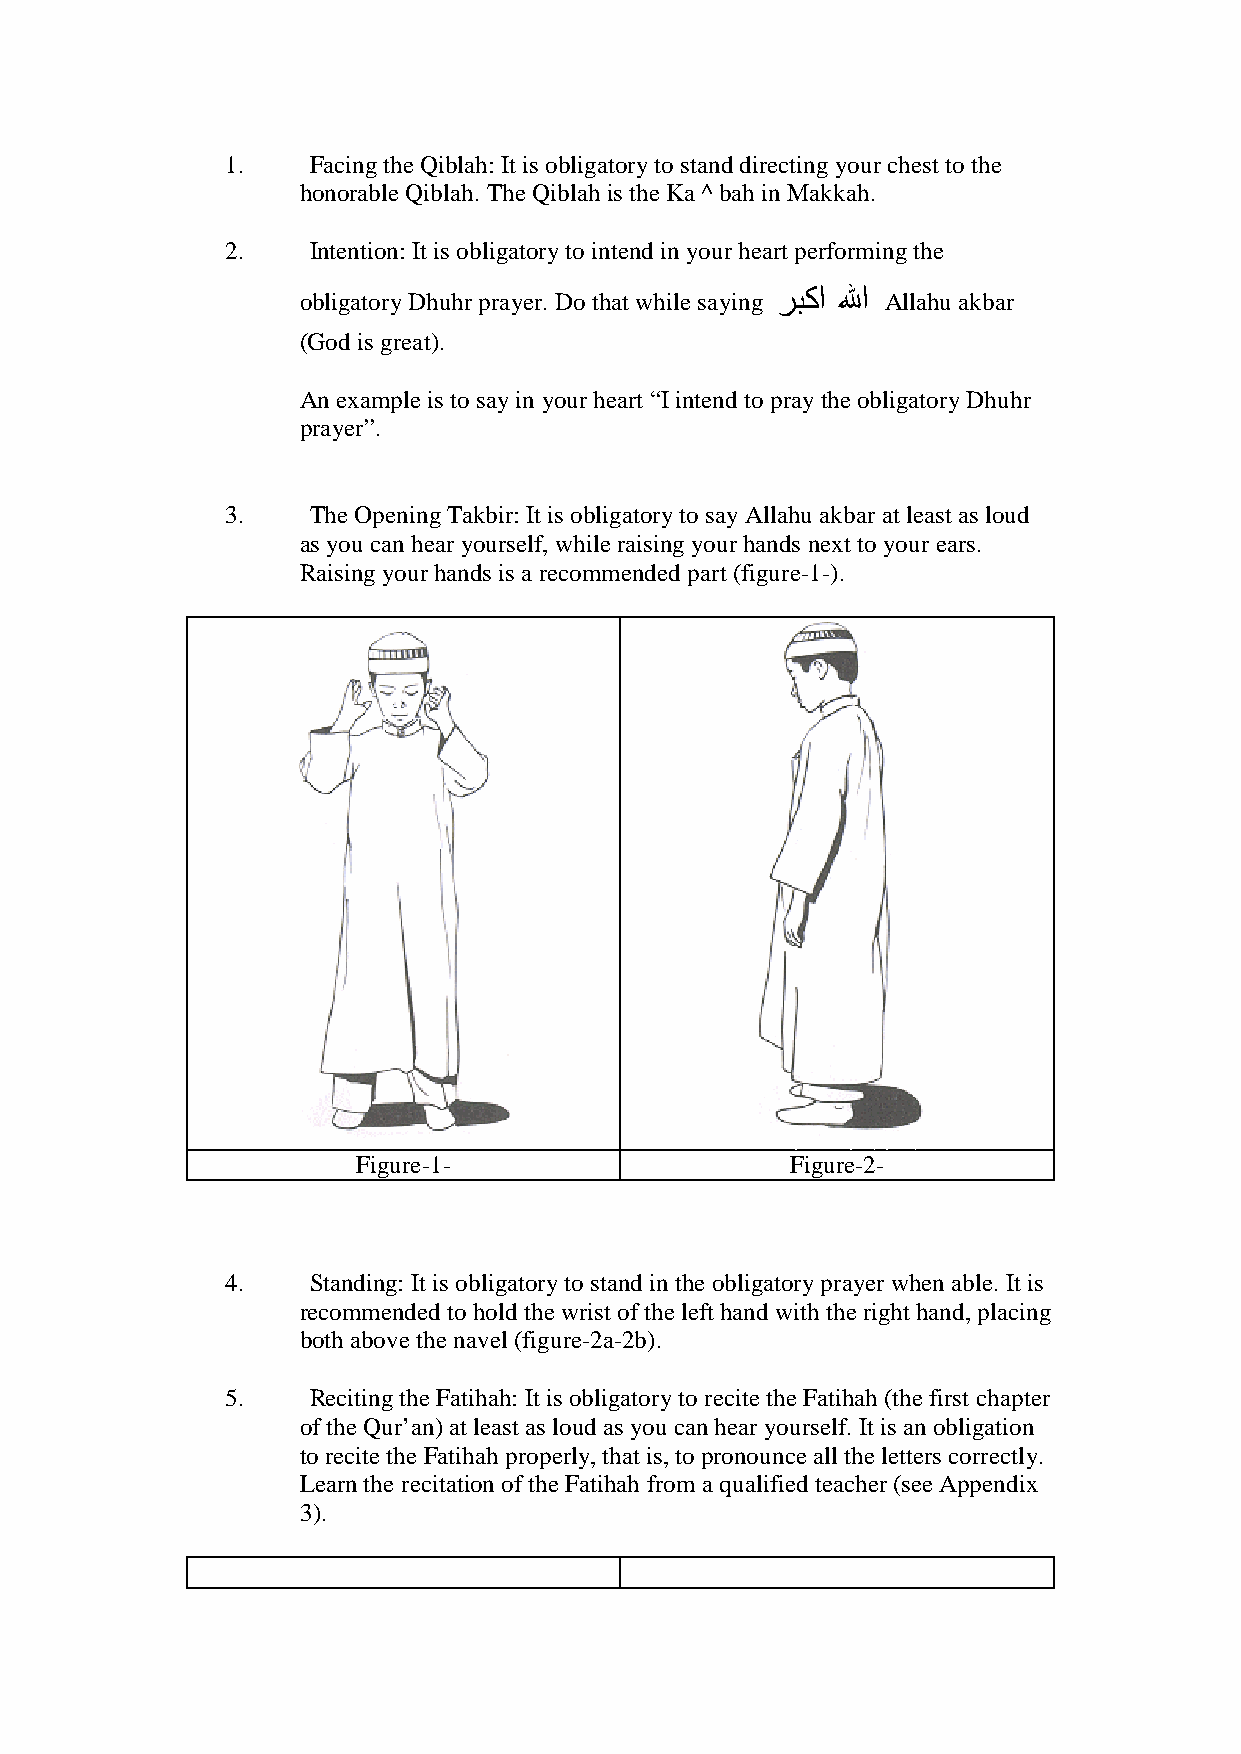
1.    Facing the Qiblah: It is obligatory to stand directing your chest to the
 honorable Qiblah. The Qiblah is the Ka ^ bah in Makkah.
 2.    Intention: It is obligatory to intend in your heart performing the
 obligatory Dhuhr prayer. Do that while saying ﺭﺒﻜﺍ ﷲﺍ Allahu akbar
 (God is great).
 An example is to say in your heart “I intend to pray the obligatory Dhuhr
 prayer”.
 3.    The Opening Takbir: It is obligatory to say Allahu akbar at least as loud
 as you can hear yourself, while raising your hands next to your ears.
 Raising your hands is a recommended part (figure-1-).
 Figure-1-                   Figure-2-
 4.   Standing: It is obligatory to stand in the obligatory prayer when able. It is
 recommended to hold the wrist of the left hand with the right hand, placing
 both above the navel (figure-2a-2b).
 5.   Reciting the Fatihah: It is obligatory to recite the Fatihah (the first chapter
 of the Qur’an) at least as loud as you can hear yourself. It is an obligation
 to recite the Fatihah properly, that is, to pronounce all the letters correctly.
 Learn the recitation of the Fatihah from a qualified teacher (see Appendix
 3).